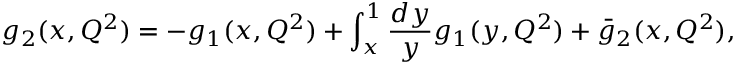
g _ { 2 } ( x , Q ^ { 2 } ) = - g _ { 1 } ( x , Q ^ { 2 } ) + \int _ { x } ^ { 1 } { \frac { d y } { y } } g _ { 1 } ( y , Q ^ { 2 } ) + \bar { g } _ { 2 } ( x , Q ^ { 2 } ) ,